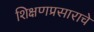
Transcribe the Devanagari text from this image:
शिक्षणप्रसाराचे